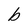
Character: b